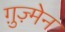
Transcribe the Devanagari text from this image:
ग़ुज़्मेन